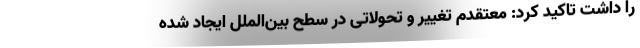
را داشت تاکید کرد: معتقدم تغییر و تحولاتی در سطح بین‌الملل ایجاد شده